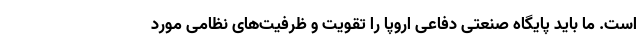
است. ما باید پایگاه صنعتی دفاعی اروپا را تقویت و ظرفیت‌های نظامی مورد